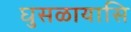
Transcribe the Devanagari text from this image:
घुसळायासि